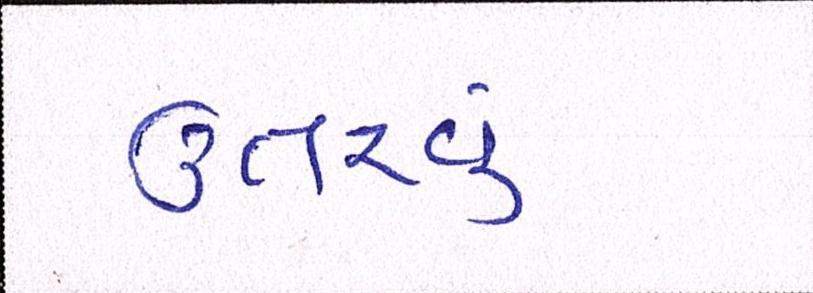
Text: ઉતરવું